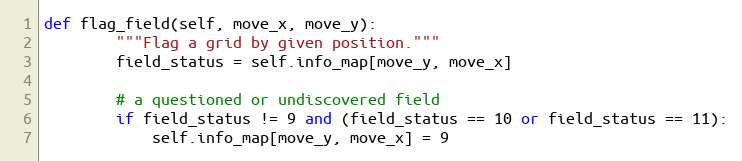
Language: Python
def flag_field(self, move_x, move_y):
        """Flag a grid by given position."""
        field_status = self.info_map[move_y, move_x]

        # a questioned or undiscovered field
        if field_status != 9 and (field_status == 10 or field_status == 11):
            self.info_map[move_y, move_x] = 9